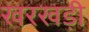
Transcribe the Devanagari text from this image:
खरखड़ी